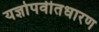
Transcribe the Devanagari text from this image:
यज्ञोपवीतधारण